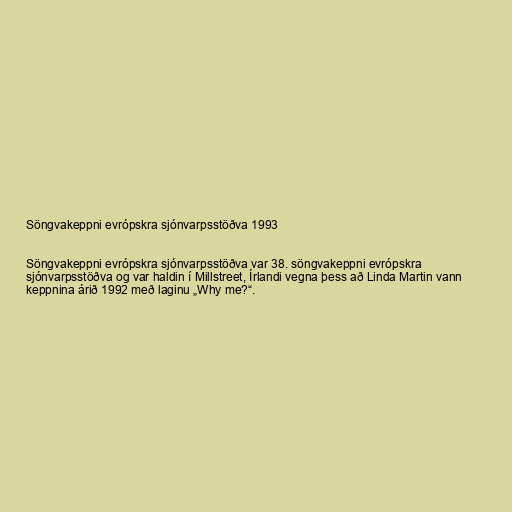
Söngvakeppni evrópskra sjónvarpsstöðva 1993

Söngvakeppni evrópskra sjónvarpsstöðva var 38. söngvakeppni evrópskra
sjónvarpsstöðva og var haldin í Millstreet, Írlandi vegna þess að Linda Martin vann
keppnina árið 1992 með laginu „Why me?“.